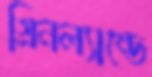
গ্রিনল্যান্ডে